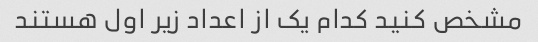
مشخص کنید کدام یک از اعداد زیر اول هستند